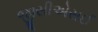
જીસીએસઈ